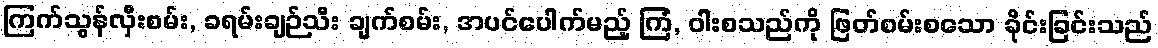
ကြက်သွန်လှီးစမ်း, ခရမ်းချဉ်သီး ချက်စမ်း, အပင်ပေါက်မည့် ကြံ, ဝါးစသည်ကို ဖြတ်စမ်းစသော ခိုင်းခြင်းသည်